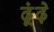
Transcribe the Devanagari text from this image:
ढूंढ़े